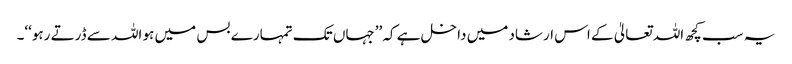
یہ سب کچھ اللہ تعالیٰ کے اس ارشاد میں داخل ہے کہ ’’جہاں تک تمہارے بس میں ہو اللہ سے ڈرتے رہو‘‘۔